画像に写った文字を読んでください
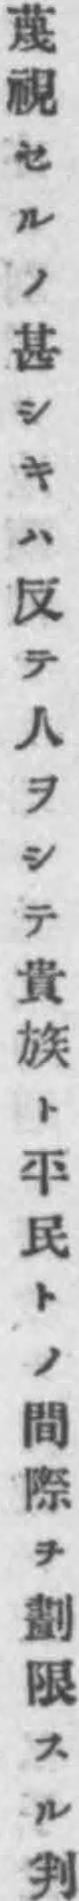
「蔑視セルノ甚シキハ反テ人ヲシテ貴族ト平民トノ間際ヲ劃限スル判」と書いてあります